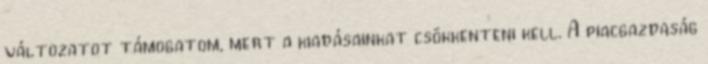
változatot támogatom, mert a kiadásainkat csökkenteni kell. A piacgazdaság